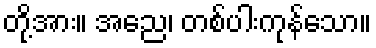
တို့အား။ အညေ၊ တစ်ပါးကုန်သော။